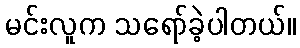
မင်းလူက သရော်ခဲ့ပါတယ်။